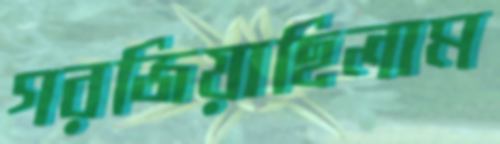
গরজিয়াছিলাম